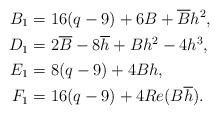
LaTeX: \begin{align*}B_1&=16(q-9)+6B+\overline{B}h^2,\\D_1&=2\overline{B}-8\overline{h}+Bh^2-4h^3,\\E_1&=8(q-9)+4Bh,\\F_1&=16(q-9)+4 Re(B\overline{h}).\end{align*}